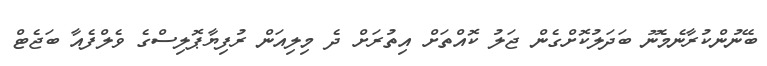
ބޭނުންކުރާނެމެނޫ ބަދަލުކޮށްގެން ޖަލު ކޮއްތަށް އިތުރަށް ދެ މިލިއަން ރުފިޔާޕޮލިސްގެ ވެލްފެއާ ބަޖެޓް